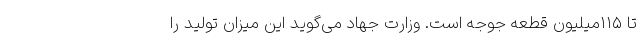
تا ۱۱۵میلیون قطعه جوجه است. وزارت جهاد می‌گوید این میزان تولید را